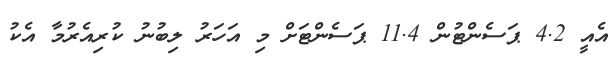
އެއީ 4.2 ޕަސެންޓުން 11.4 ޕަސެންޓަށް މި އަހަރު ލިބުނު ކުރިއެރުމާ އެކު